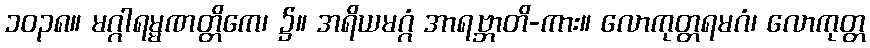
၁၀၃၈။ မဂ္ဂါရမ္မဏတ္တိကေ၊ ၌။ အရိယမဂ္ဂံ အာရဗ္ဘာတိ-ကား။ လောကုတ္တရမဂံ၊ လောကုတ္တ